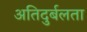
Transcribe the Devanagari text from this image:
अतिदुर्बलता